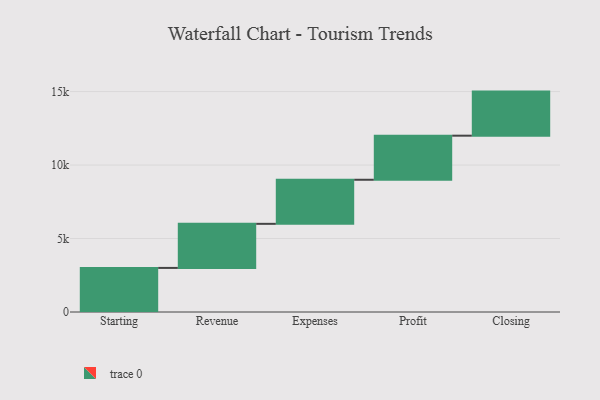
{"axis": {"x": "Step", "y": "Value"}, "legend": [""], "data": [{"x": "Starting", "y": 3000.0, "type": ""}, {"x": "Revenue", "y": 3000, "type": ""}, {"x": "Expenses", "y": 3000, "type": ""}, {"x": "Profit", "y": 3000, "type": ""}, {"x": "Closing", "y": 3000, "type": ""}]}